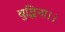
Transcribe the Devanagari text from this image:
बुद्धिना।।